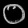
Digit: ၀